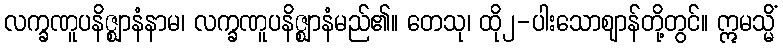
လက္ခဏူပနိဇ္ဈာနံနာမ၊ လက္ခဏူပနိဇ္ဈာနံမည်၏။ တေသု၊ ထို၂-ပါးသောဈာန်တို့တွင်။ ဣမသ္မိံ